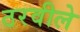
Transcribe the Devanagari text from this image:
ठरवीले